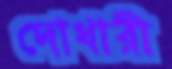
দোধারী